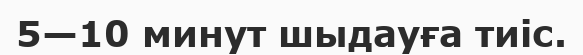
5—10 минут шыдауға тиіс.